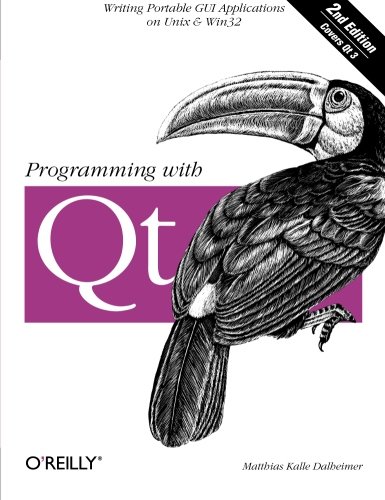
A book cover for Programming with Qt (2nd Edition); Matthias Kalle Dalheimer; Computers & Technology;